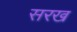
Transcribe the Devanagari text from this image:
सरख